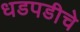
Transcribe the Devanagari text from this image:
धडपडीचे